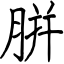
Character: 腁